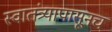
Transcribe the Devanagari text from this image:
स्वातंत्र्यापासूनच